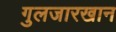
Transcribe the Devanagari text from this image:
गुलजारखान